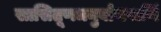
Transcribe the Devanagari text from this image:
सासितूणधनुर्बाणपाणिं